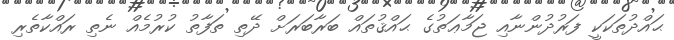
ޙައްދުތަކަކީ ފަރުދުންނާއި ޖަމާޢަތުގެ ޙައްޤުތައް ބަރާބަރަށް ދޭތި ތަފާތު ކުރުމެއް ނެތި ރައްކާތެރި